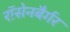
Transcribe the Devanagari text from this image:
रॉसेनबैर्गर